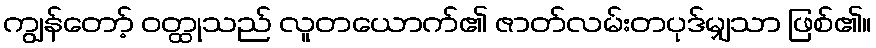
ကျွန်တော့် ဝတ္ထုသည် လူတယောက်၏ ဇာတ်လမ်းတပုဒ်မျှသာ ဖြစ်၏။